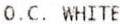
O.C. WHITE